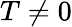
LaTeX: T\neq 0